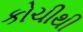
કોચીથી